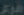
مرد